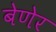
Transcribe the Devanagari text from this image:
बेणेर